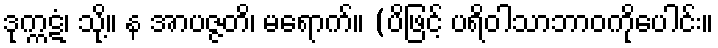
ဒုက္ကဋံ၊ သို့။ န အာပဇ္ဇတိ၊ မရောက်။ (ပိဖြင့် ပရိဝါသာဘာဝကိုပေါင်း။